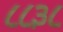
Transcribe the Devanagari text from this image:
८८३८